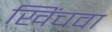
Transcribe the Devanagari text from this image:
खिंचवा